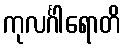
ကုလင်္ဂါရောတိ